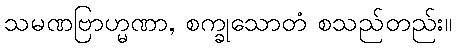
သမဏဗြာဟ္မဏာ, စက္ခုသောတံ စသည်တည်း။